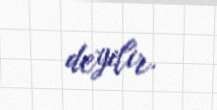
deyilir.